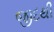
જીદથી